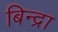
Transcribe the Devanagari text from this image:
बिन्द्रा